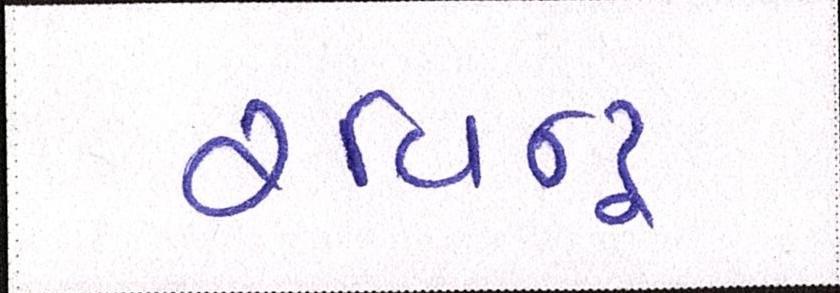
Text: રવિન્દ્ર